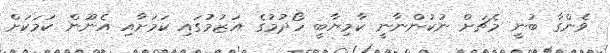
ވެންގާ ބުނީ މެޗަށް ނުކުންނާނީ ކާމިޔާބީ ހޯދުމުގެ އަޒުމުގައި ކަމަށާއި އެނޫން ކަމަކަށް